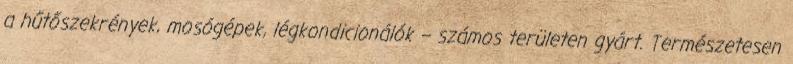
a hűtőszekrények, mosógépek, légkondicionálók – számos területen gyárt. Természetesen